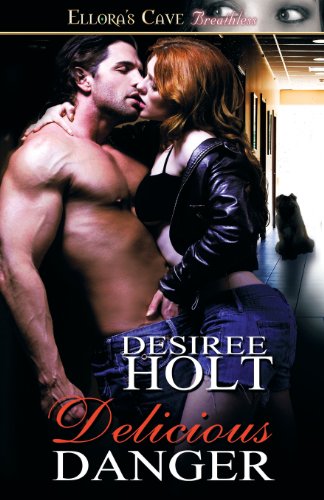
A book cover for Delicious Danger; Desiree Holt; Romance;